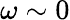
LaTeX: \omega\sim 0